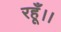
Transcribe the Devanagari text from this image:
रहूँ।।